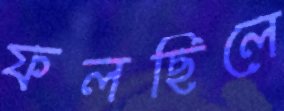
ফলছিলে